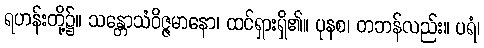
ရဟန်းတို့၌။ သန္တောသံဝိဇ္ဇမာနော၊ ထင်ရှားရှိ၏။ ပုနစ၊ တဘန်လည်း။ ပရံ၊